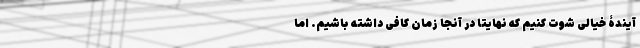
آیندۀ خیالی شوت کنیم که نهایتاً در آنجا زمان کافی داشته باشیم. اما